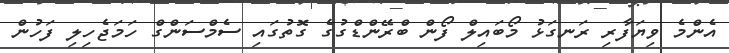
އެންމެ ވިޔަފާރި ރަނގަޅު މޯބައިލް ފޯން ބްރޭންޑްގުގެ ގޮތުގައި ސެމްސަންގް ހަމަޖެހިލި ފަހުން